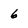
Character: 6